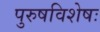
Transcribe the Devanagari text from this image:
पुरुषविशेषः